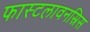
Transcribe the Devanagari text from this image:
फास्टलावनस्रिस